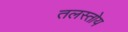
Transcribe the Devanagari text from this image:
तलस्तोय